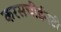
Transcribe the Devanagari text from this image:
करसचीईनटी